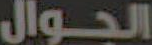
الجوال